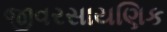
જીવરસાયણિક